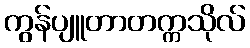
ကွန်ပျူတာတက္ကသိုလ်